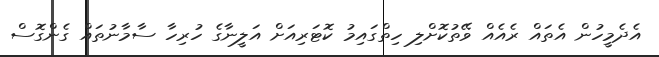
އެދެމީހުން އެތައް ރެއެއް ވޭތުކޮށްލި ހިތްގައިމު ކޮޓަރިއަށް އަލީނާގެ ހުރިހާ ސާމާނުތައް ގެންގޮސް